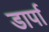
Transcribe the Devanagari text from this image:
डार्पा